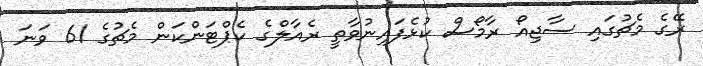
ރޭގެ މެޗުގައި ސާޖިއޯ ރާމޯސް ކުޅެފައިނުވާތީ ރެއާލްގެ ކެޕްޓަންކަން މެޗުގެ 61 ވަނަ